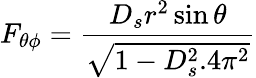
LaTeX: F_{\theta\phi}=\frac{D_{s}r^{2}\sin\theta}{\sqrt{1-D_{s}^{2}.4\pi^{2}}}